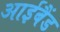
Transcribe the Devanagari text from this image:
आईबैंड